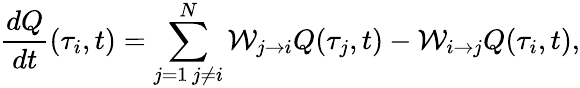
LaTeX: \frac{dQ}{dt}(\tau_{i},t)=\sum_{j=1\, j\neq i}^{N}\mathcal{W}_{j\to i}Q(\tau_{j},t)-\mathcal{W}_{i\to j}Q(\tau_{i},t),